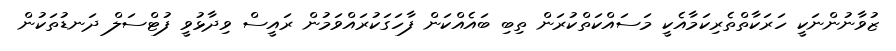
ޒުވާނުންނަކީ ހަރަކާތްތެރިކަމާއެކީ މަސައްކަތްކުރަން ތިބި ބައެއްކަން ފާހަގަކުރައްވަމުން ރައީސް ވިދާޅުވީ ފުޓްސަލް ދަނޑުތަކުން